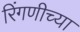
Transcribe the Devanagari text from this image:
रिंगणीच्या